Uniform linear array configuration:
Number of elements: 4
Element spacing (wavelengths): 0.75
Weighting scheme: binomial
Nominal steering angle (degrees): -60
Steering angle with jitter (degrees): -61.587
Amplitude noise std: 0.05
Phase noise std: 0.05

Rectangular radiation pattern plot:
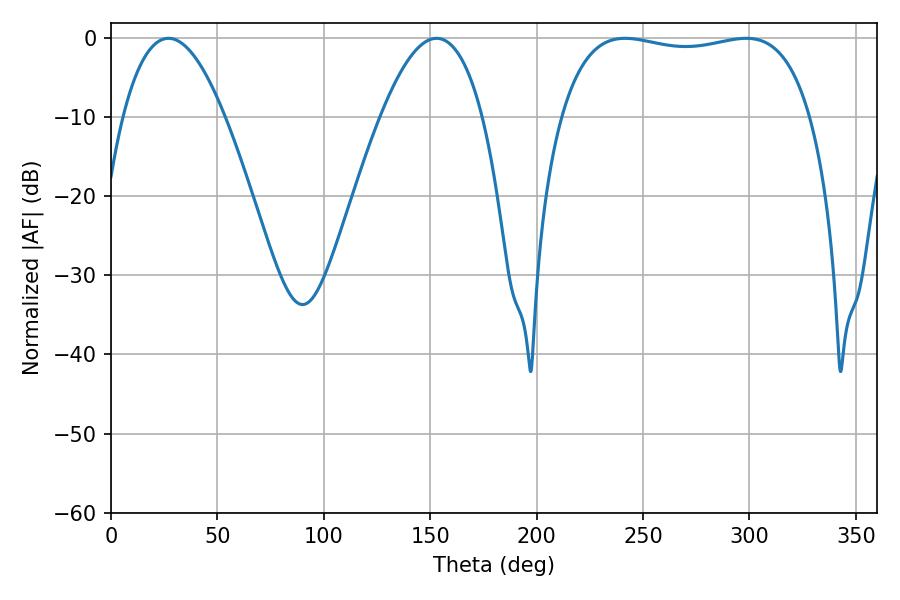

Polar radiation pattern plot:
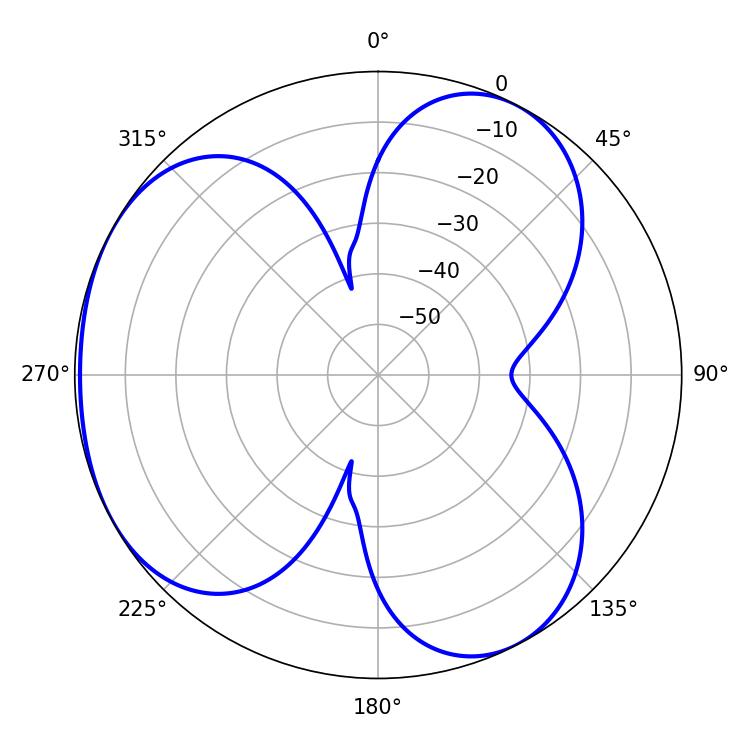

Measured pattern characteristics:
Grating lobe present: TRUE
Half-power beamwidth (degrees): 94.68
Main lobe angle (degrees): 241.56